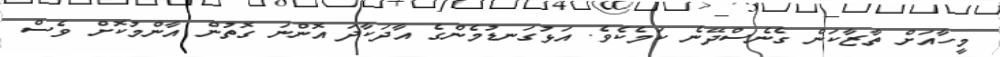
މީހާއަށް ތާޒާކަން ގެނެސްދޭނެ ކަމެކެވެ. އަޅުގަނޑުމެންގެ އާދަކާދަ އޮންނަ ގޮތުން އާންމުކޮށް ވެސް